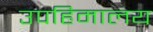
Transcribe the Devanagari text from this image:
उपहिमालय